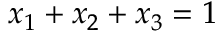
x _ { 1 } + x _ { 2 } + x _ { 3 } = 1